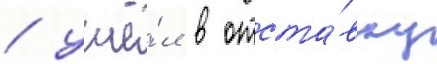
/ ушё́л в отста́вку